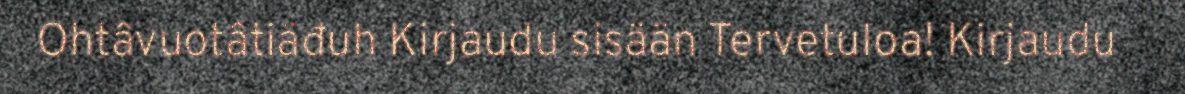
Ohtâvuotâtiäđuh Kirjaudu sisään Tervetuloa! Kirjaudu